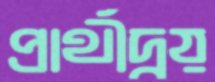
প্রার্থীদ্বয়